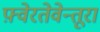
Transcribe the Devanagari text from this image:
फ़्वेरतेवेन्तूरा